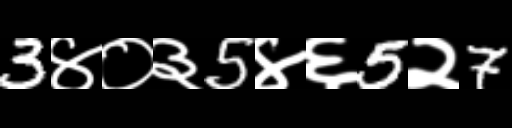
Text: 3४०३5४६5२7